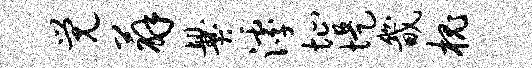
觉薜爨滹址堤畿槐